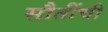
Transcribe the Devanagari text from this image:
सौतींची